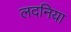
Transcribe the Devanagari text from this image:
लदनिया